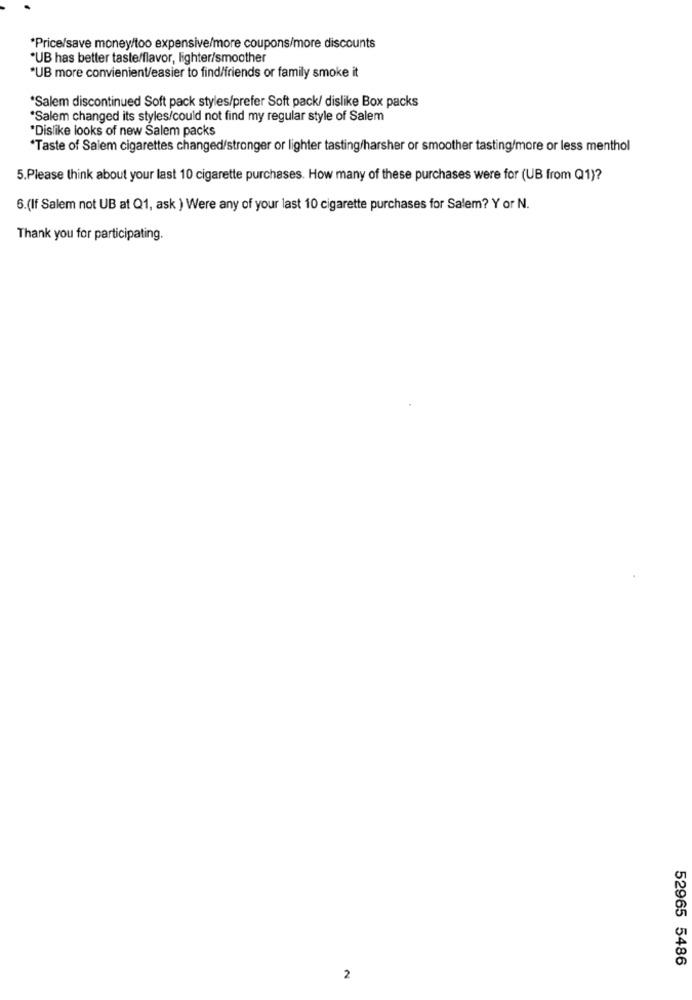
*Price/save money/too expensive/more coupons/more discounts
*UB has better taste/flavor, lighter/smoother
*UB more convienient/easier to find/friends or family smoke it
*Salem discontinued Soft pack styles/prefer Soft pack/ dislike Box packs
*Salem changed its styles/could not find my regular style of Salem
*Dislike looks of new Salem packs
"Taste of Salem cigarettes changed/stronger or lighter tasting/harsher or smoother tasting/more or less menthol
5.Please think about your last 10 cigarette purchases. How many of these purchases were for (UB from Q1)?
6.(If Salem not UB at Q1, ask ) Were any of your last 10 cigarette purchases for Salem? Y or N.
Thank you for participating.
52965 5486
2